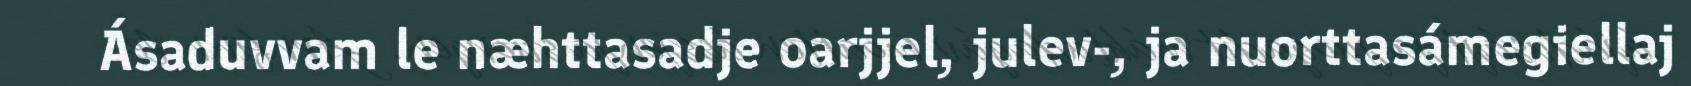
Ásaduvvam le næhttasadje oarjjel, julev-, ja nuorttasámegiellaj